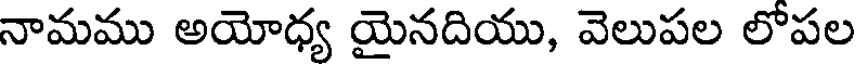
నామము అయోధ్య యైనదియు, వెలుపల లోపల